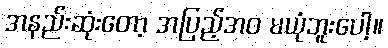
အနည်းဆုံးတော့ အပြည့်အဝ မယုံဘူးပေါ့။